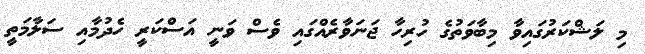
މި ލަޝްކަރުގައިވާ މިބާވަތުގެ ހުރިހާ ޖަނަވާރެއްގައި ވެސް ވަނީ އަސްކަރީ ހެދުމާއި ސަލާމަތީ